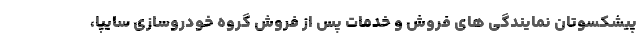
پیشکسوتان نمایندگی های فروش و خدمات پس از فروش گروه خودروسازی سایپا،